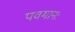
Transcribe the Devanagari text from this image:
पवमानः